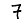
Digit: 7